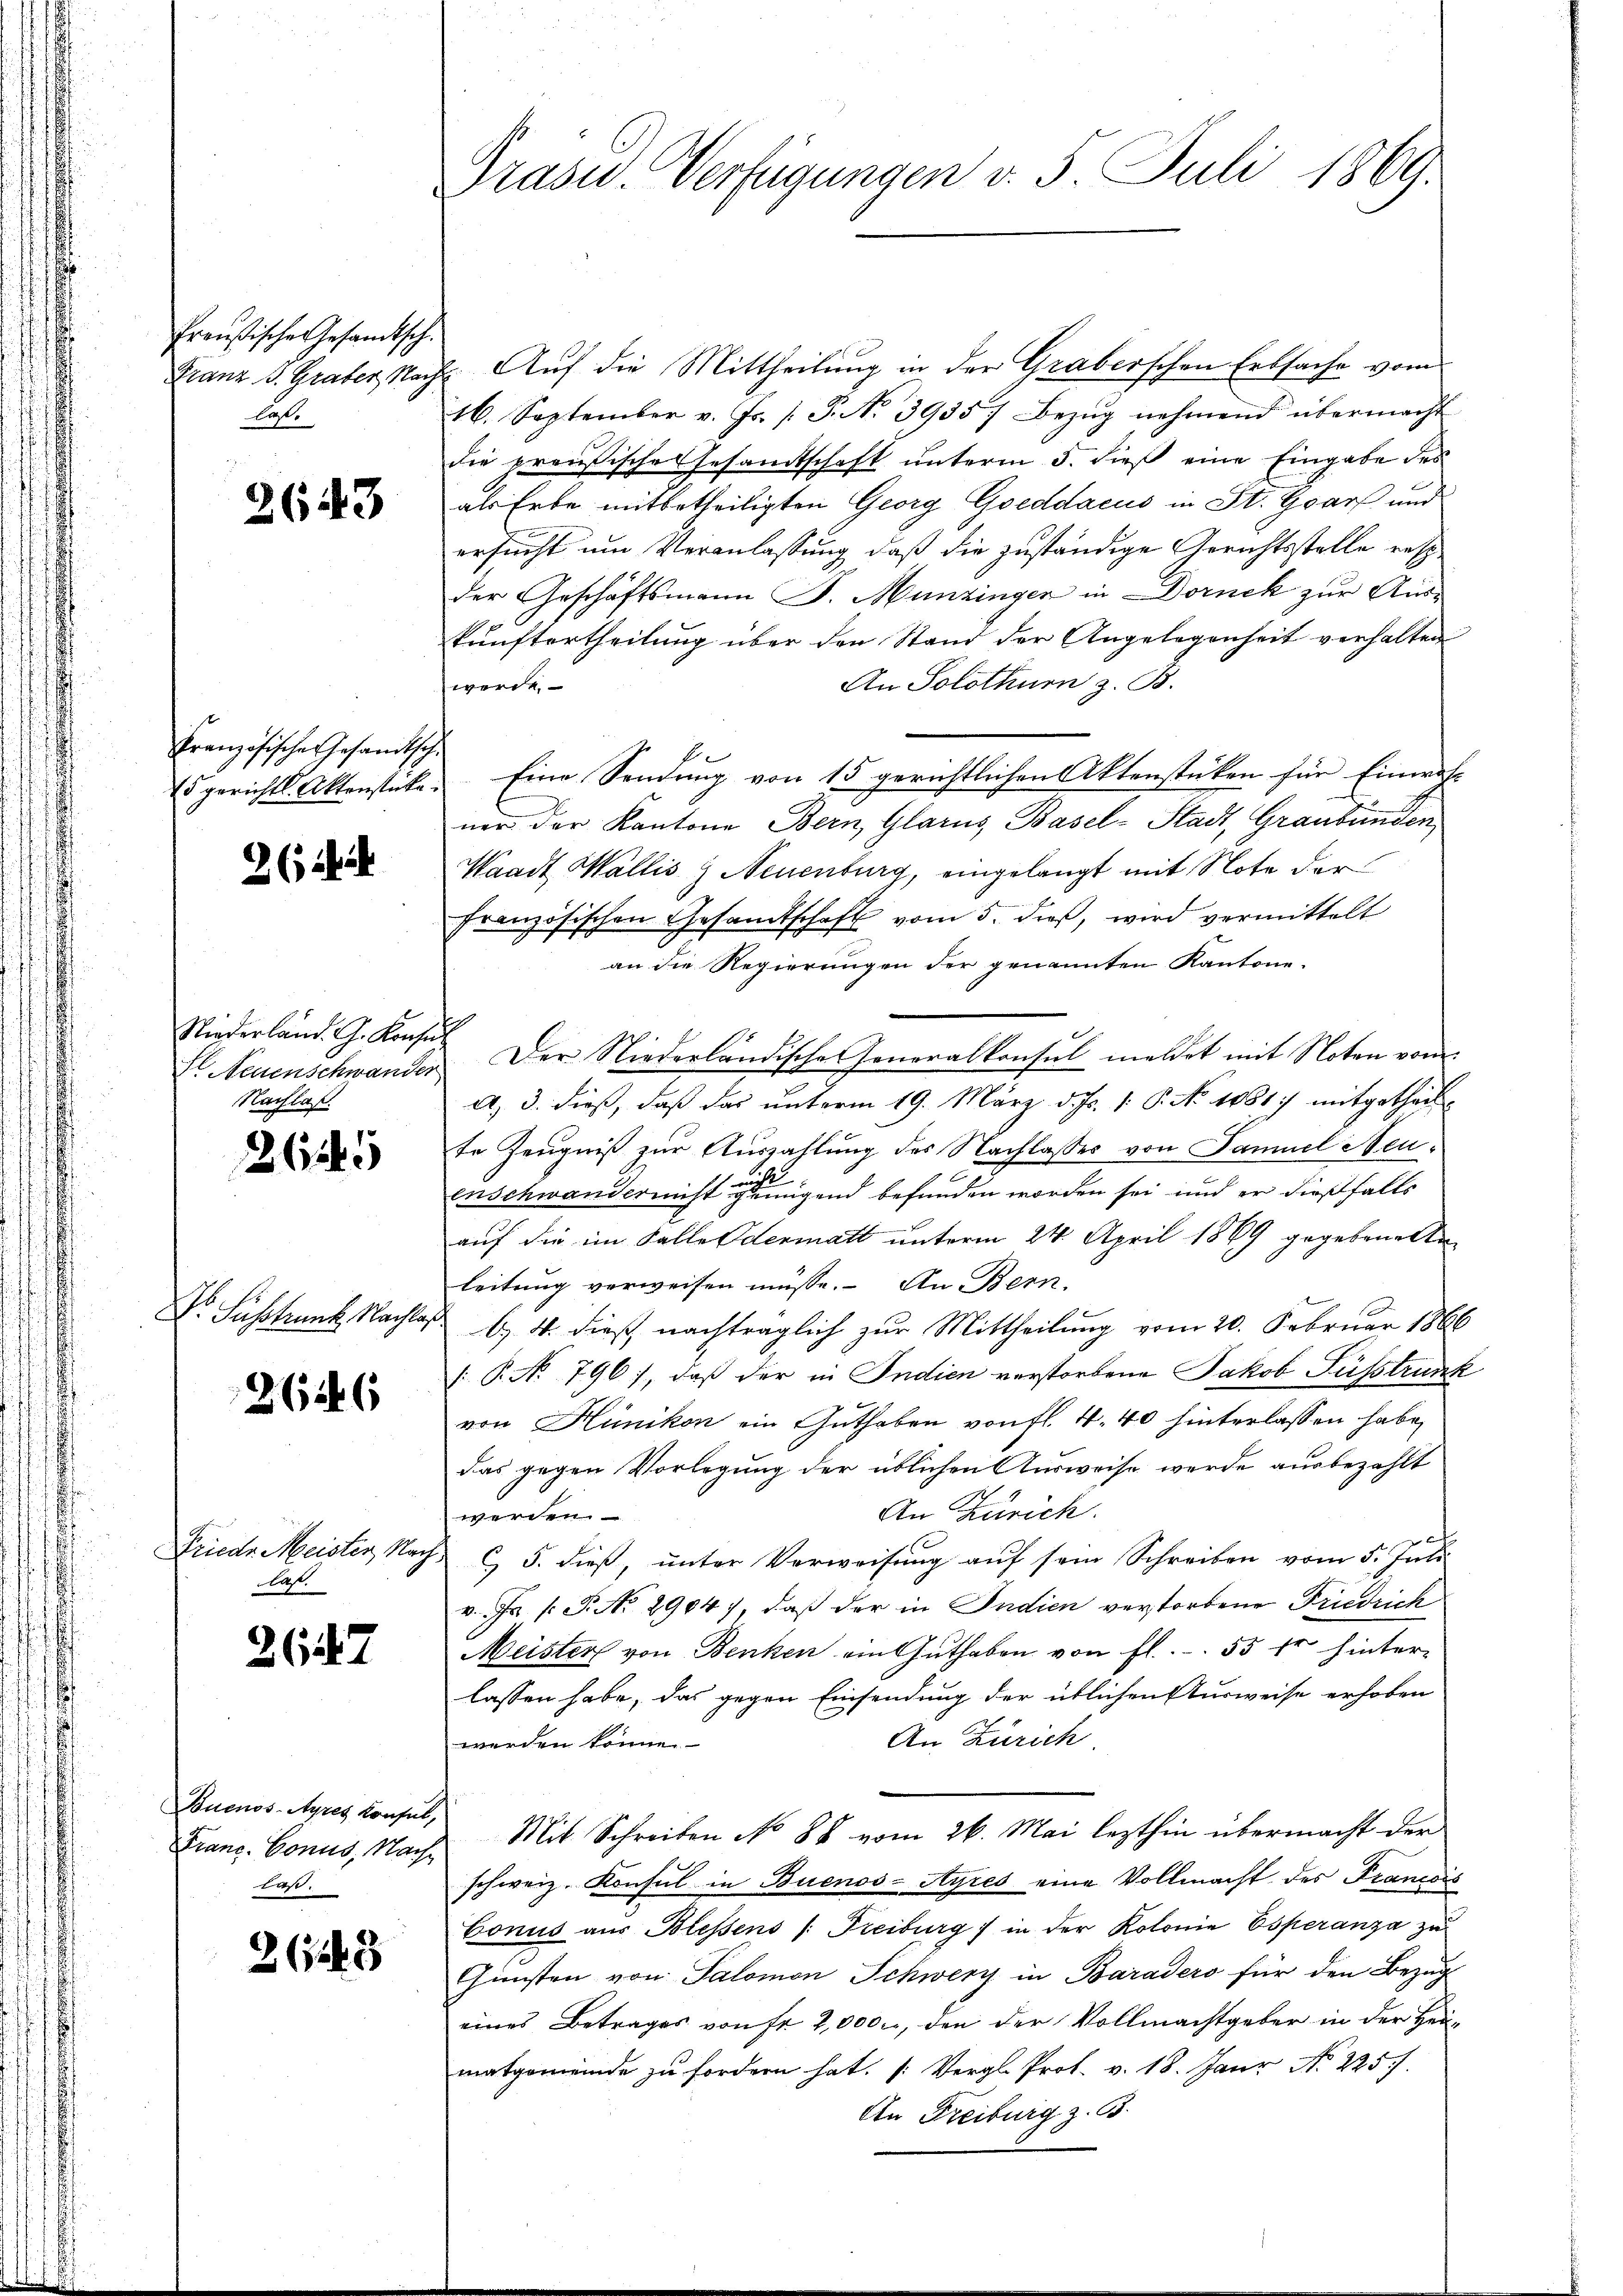
Preußische Gesandtsch.
Franz B. Graber, Nach
las.

2643

Französische Gesandtsch.
15 gerichtl. Aktenstücke.

2 (124

Niederland. G. Konse
Il Neuenschwander
Nachlaß.

2645

Dr. Süsskrank, Nachla

2646

Friede Meister, Nach
las.

2647

Buenos-Ayres Konsul,
Franc Conus, Nach
laß.

2 (1248

Grasu- Verfügungen v. 5. Juli 1869.

Auf die Mittheilung in der Graberschen Erbsache vom
16. September v. Js. /: P. No. 3935) Bezŭg nehmend übermacht
die preußische Gesamtschaft unterm 5. dieß eine Eingabe des
als Erbe mitbetheiligten Georg Goeddacus in St. Goars und
ersucht um Veranlassung, daß die zuständige Gerichtsstelle resp
der Geschäftsmann P. Munzinger in Dornek zur Auskunftertheilung über den Stand der Angelegenheit verhalten
An Solothur z. B.
werde.
Eine Sendung von 15 gerichtlichen Aktenstücken für Einwoh-
ner der Kantone Bern, Glarus, Basel-Stadt, Graubünden
Waadt Wallis z Neuenburg, eingelangt mit Note der
französischen Gesandtschaft vom 5. dieß, wird vermittelt
an die Regierungen der genannten Kantone.
f
Der Niederländische Generalkonsul meldet mit Noten vom
A, 3. dieß, daß das unterm 19. März d. Js. v. P. No. 1881) mitgetheilte Zeugniß zur Auszahlung des Nachlasses von Samuel Neuenschwandernicht genügend befunden worden sei und er dießfalls
auf die im Falle Edenmatt unterm 24. April 1869 gegebenenten
leitung verweisen müsse. An Bern.
b. 4. dieß nachträglich zur Mittheilung vom 20. Februar 1866
[: P. No 796), daß der in Indien verstorbene Jakob Fusstrunk
von Hünikon ein Guthaben von fl. 4. 40 hinterlassen habe,
das gegen Vorlegung der üblichen Ausweise werde ausbezahlt
An Zürich.
werden.
C 5. dieß, unter Verweisung auf sein Schreiben vom 5. Juli
v. Js /: P. No. 2904), daß der in Indien verstorbene Friedrich
Meister von Benken am Guthaben von fl. 55 fr hinter-
lassen habe, das gegen Einsendung der üblichen Ausweise erhoben
An Zürich
werden könne.
Mit Schreiben No 88 vom 26. Mai lezthin übermacht der
schweiz. Konsul in Buenos-Ayres eine Vollmacht des Francois
Conus aus Blessens /: Freiburg) in der Kolonie Esperanza zu
Günsten von Salomon Schwerz in Baraders für den Bezug
eines Betrages von fr. 2,000., den der Vollmachtgeber in der Heimatgemeinde zu fordern hat. (Vergl. Prof. v. 18. Janr No 225.)
An Freiburg z. B.